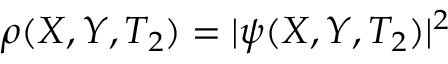
\rho ( X , Y , T _ { 2 } ) = | \psi ( X , Y , T _ { 2 } ) | ^ { 2 }